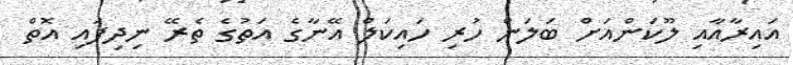
އައިރާއާއި ލޫކަންއަށް ބަލަން ހުރި ހައިކަލް އޭނާގެ އަތުގެ ތެރޭ ނިދިފައި އޮތް